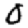
Digit: 0